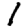
Digit: 1